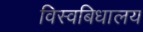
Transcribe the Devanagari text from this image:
विस्वबिधालय